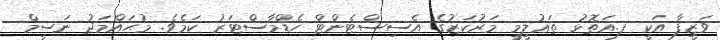
ވަޒީފާ އަކީ ފ.އަތޮޅު ތަޢުލީމީ މަރުކަޒުގެ އެސިސްޓެންޓް ހެޑްމާސްޓަރު ކަމެވެ. މުޙައްމަދު ނަސީމް